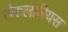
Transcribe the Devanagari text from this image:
सेरुलारियस